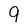
Character: 9